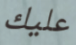
عليك